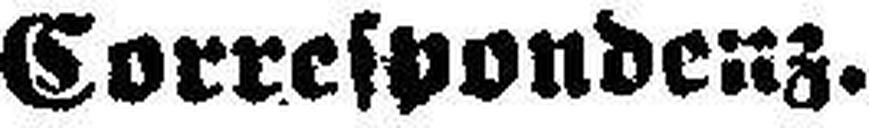
Correspondenz.